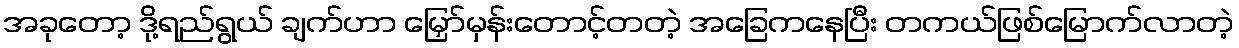
အခုတော့ ဒို့ရည်ရွယ် ချက်ဟာ မြှော်မှန်းတောင့်တတဲ့ အခြေကနေပြီး တကယ်ဖြစ်မြောက်လာတဲ့